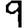
Digit: 9